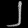
Digit: ၂